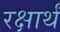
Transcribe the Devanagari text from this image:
रक्षार्थं